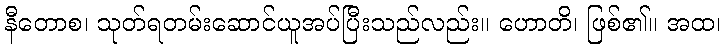
နီတောစ၊ သုတ်ရတမ်းဆောင်ယူအပ်ပြီးသည်လည်း။ ဟောတိ၊ ဖြစ်၏။ အထ၊